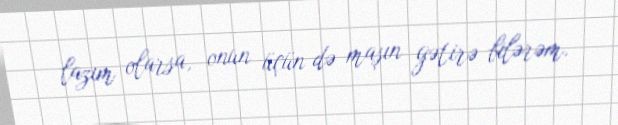
lazım olarsa, onun üçün də maşın gətirə bilərəm.